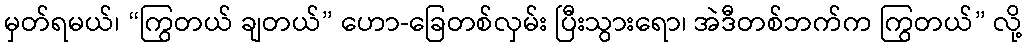
မှတ်ရမယ်၊ “ကြွတယ် ချတယ်” ဟော-ခြေတစ်လှမ်း ပြီးသွားရော၊ အဲဒီတစ်ဘက်က ကြွတယ်” လို့